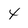
Character: 4